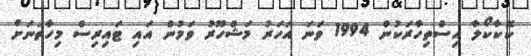
ކޮކާކޯލާ އިސްތިހާރަކުން 1994 ވަނަ އަހަރު މަޝްހޫރު ވަމުން އައި ޓައިރިސް މިހާތަނަށް